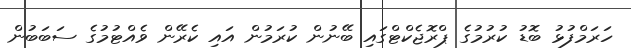
ހަރަމްފުޅު ބޮޑު ކުރުމުގެ ޕްރޮޖެކްޓްގައި ބޭނުން ކުރަމުން އައި ކެރޭން ވެއްޓުމުގެ ސަބަބުން